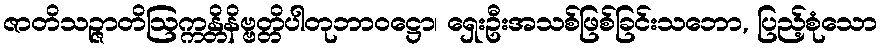
ဇာတိသဉ္ဇာတိဩက္ကန္တိနိဗ္ဗတ္တိပါတုဘာဝဋ္ဌော၊ ရှေးဦးအသစ်ဖြစ်ခြင်းသဘော, ပြည့်စုံသော